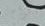
يتواجد